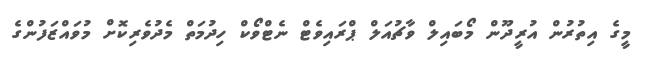
މީގެ އިތުރުން އުރީދޫން މޯބައިލް ވާޗުއަލް ޕްރައިވެޓް ނެޓްވޯކް ހިދުމަތް މެދުވެރިކޮށް މުވައްޒަފުންގެ